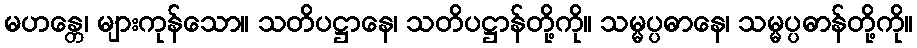
မဟန္တေ၊ များကုန်သော။ သတိပဋ္ဌာနေ၊ သတိပဋ္ဌာန်တို့ကို။ သမ္မပ္ပဓာနေ၊ သမ္မပ္ပဓာန်တို့ကို။